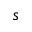
s